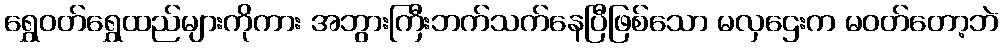
ရွှေဝတ်ရွှေထည်များကိုကား အဘွားကြီးဘက်သက်နေပြီဖြစ်သော မလှဌေးက မဝတ်တော့ဘဲ